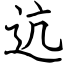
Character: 迒